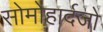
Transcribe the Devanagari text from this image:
सोमोहार्दजो